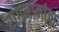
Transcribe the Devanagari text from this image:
रागनामांचा